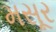
મસૂર